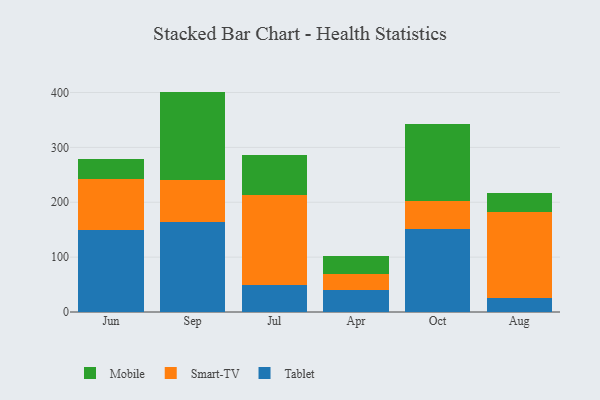
{"axis": {"x": "Month", "y": "Waste Production (Tons)"}, "legend": ["Mobile", "Smart-TV", "Tablet"], "data": [{"x": "Jun", "y": 149.5, "type": "Tablet"}, {"x": "Jun", "y": 93.8, "type": "Smart-TV"}, {"x": "Jun", "y": 35.0, "type": "Mobile"}, {"x": "Sep", "y": 164.3, "type": "Tablet"}, {"x": "Sep", "y": 75.5, "type": "Smart-TV"}, {"x": "Sep", "y": 161.9, "type": "Mobile"}, {"x": "Jul", "y": 48.9, "type": "Tablet"}, {"x": "Jul", "y": 164.7, "type": "Smart-TV"}, {"x": "Jul", "y": 73.4, "type": "Mobile"}, {"x": "Apr", "y": 40.3, "type": "Tablet"}, {"x": "Apr", "y": 28.9, "type": "Smart-TV"}, {"x": "Apr", "y": 33.6, "type": "Mobile"}, {"x": "Oct", "y": 150.9, "type": "Tablet"}, {"x": "Oct", "y": 50.7, "type": "Smart-TV"}, {"x": "Oct", "y": 140.4, "type": "Mobile"}, {"x": "Aug", "y": 24.9, "type": "Tablet"}, {"x": "Aug", "y": 157.6, "type": "Smart-TV"}, {"x": "Aug", "y": 33.8, "type": "Mobile"}]}